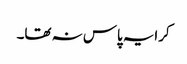
کرایہ پاس نہ تھا۔